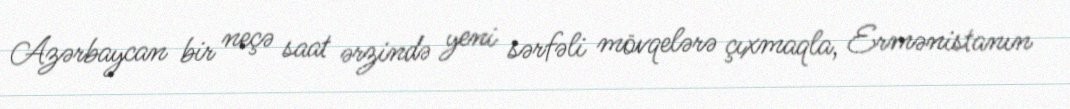
Azərbaycan bir neçə saat ərzində yeni sərfəli mövqelərə çıxmaqla, Ermənistanın